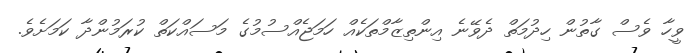
ވީހާ ވެސް ގާތުން ހިދުމަތް ދެވޭނެ އިންތިޒާމްތަކެއް ހަމަޖެއްސުމުގެ މަސައްކަތް ކުރަމުންދާ ކަމަށެވެ.